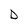
Character: D